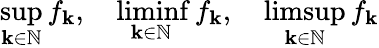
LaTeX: \operatorname*{sup}_{\mathbf{k}\in\mathbb{{N}}}f_{\mathbf{k}},\quad\operatorname*{liminf}_{\mathbf{k}\in\mathbb{{N}}}f_{\mathbf{k}},\quad\operatorname*{limsup}_{\mathbf{k}\in\mathbb{{N}}}f_{\mathbf{k}}